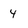
Character: 4